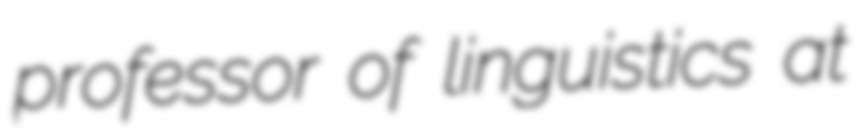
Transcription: professor of linguistics at